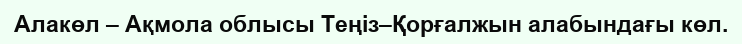
Алакөл – Ақмола облысы Теңіз–Қорғалжын алабындағы көл.